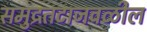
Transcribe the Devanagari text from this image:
समुद्रतटाजवळील